Trukikaitis_Postimees, lk 29
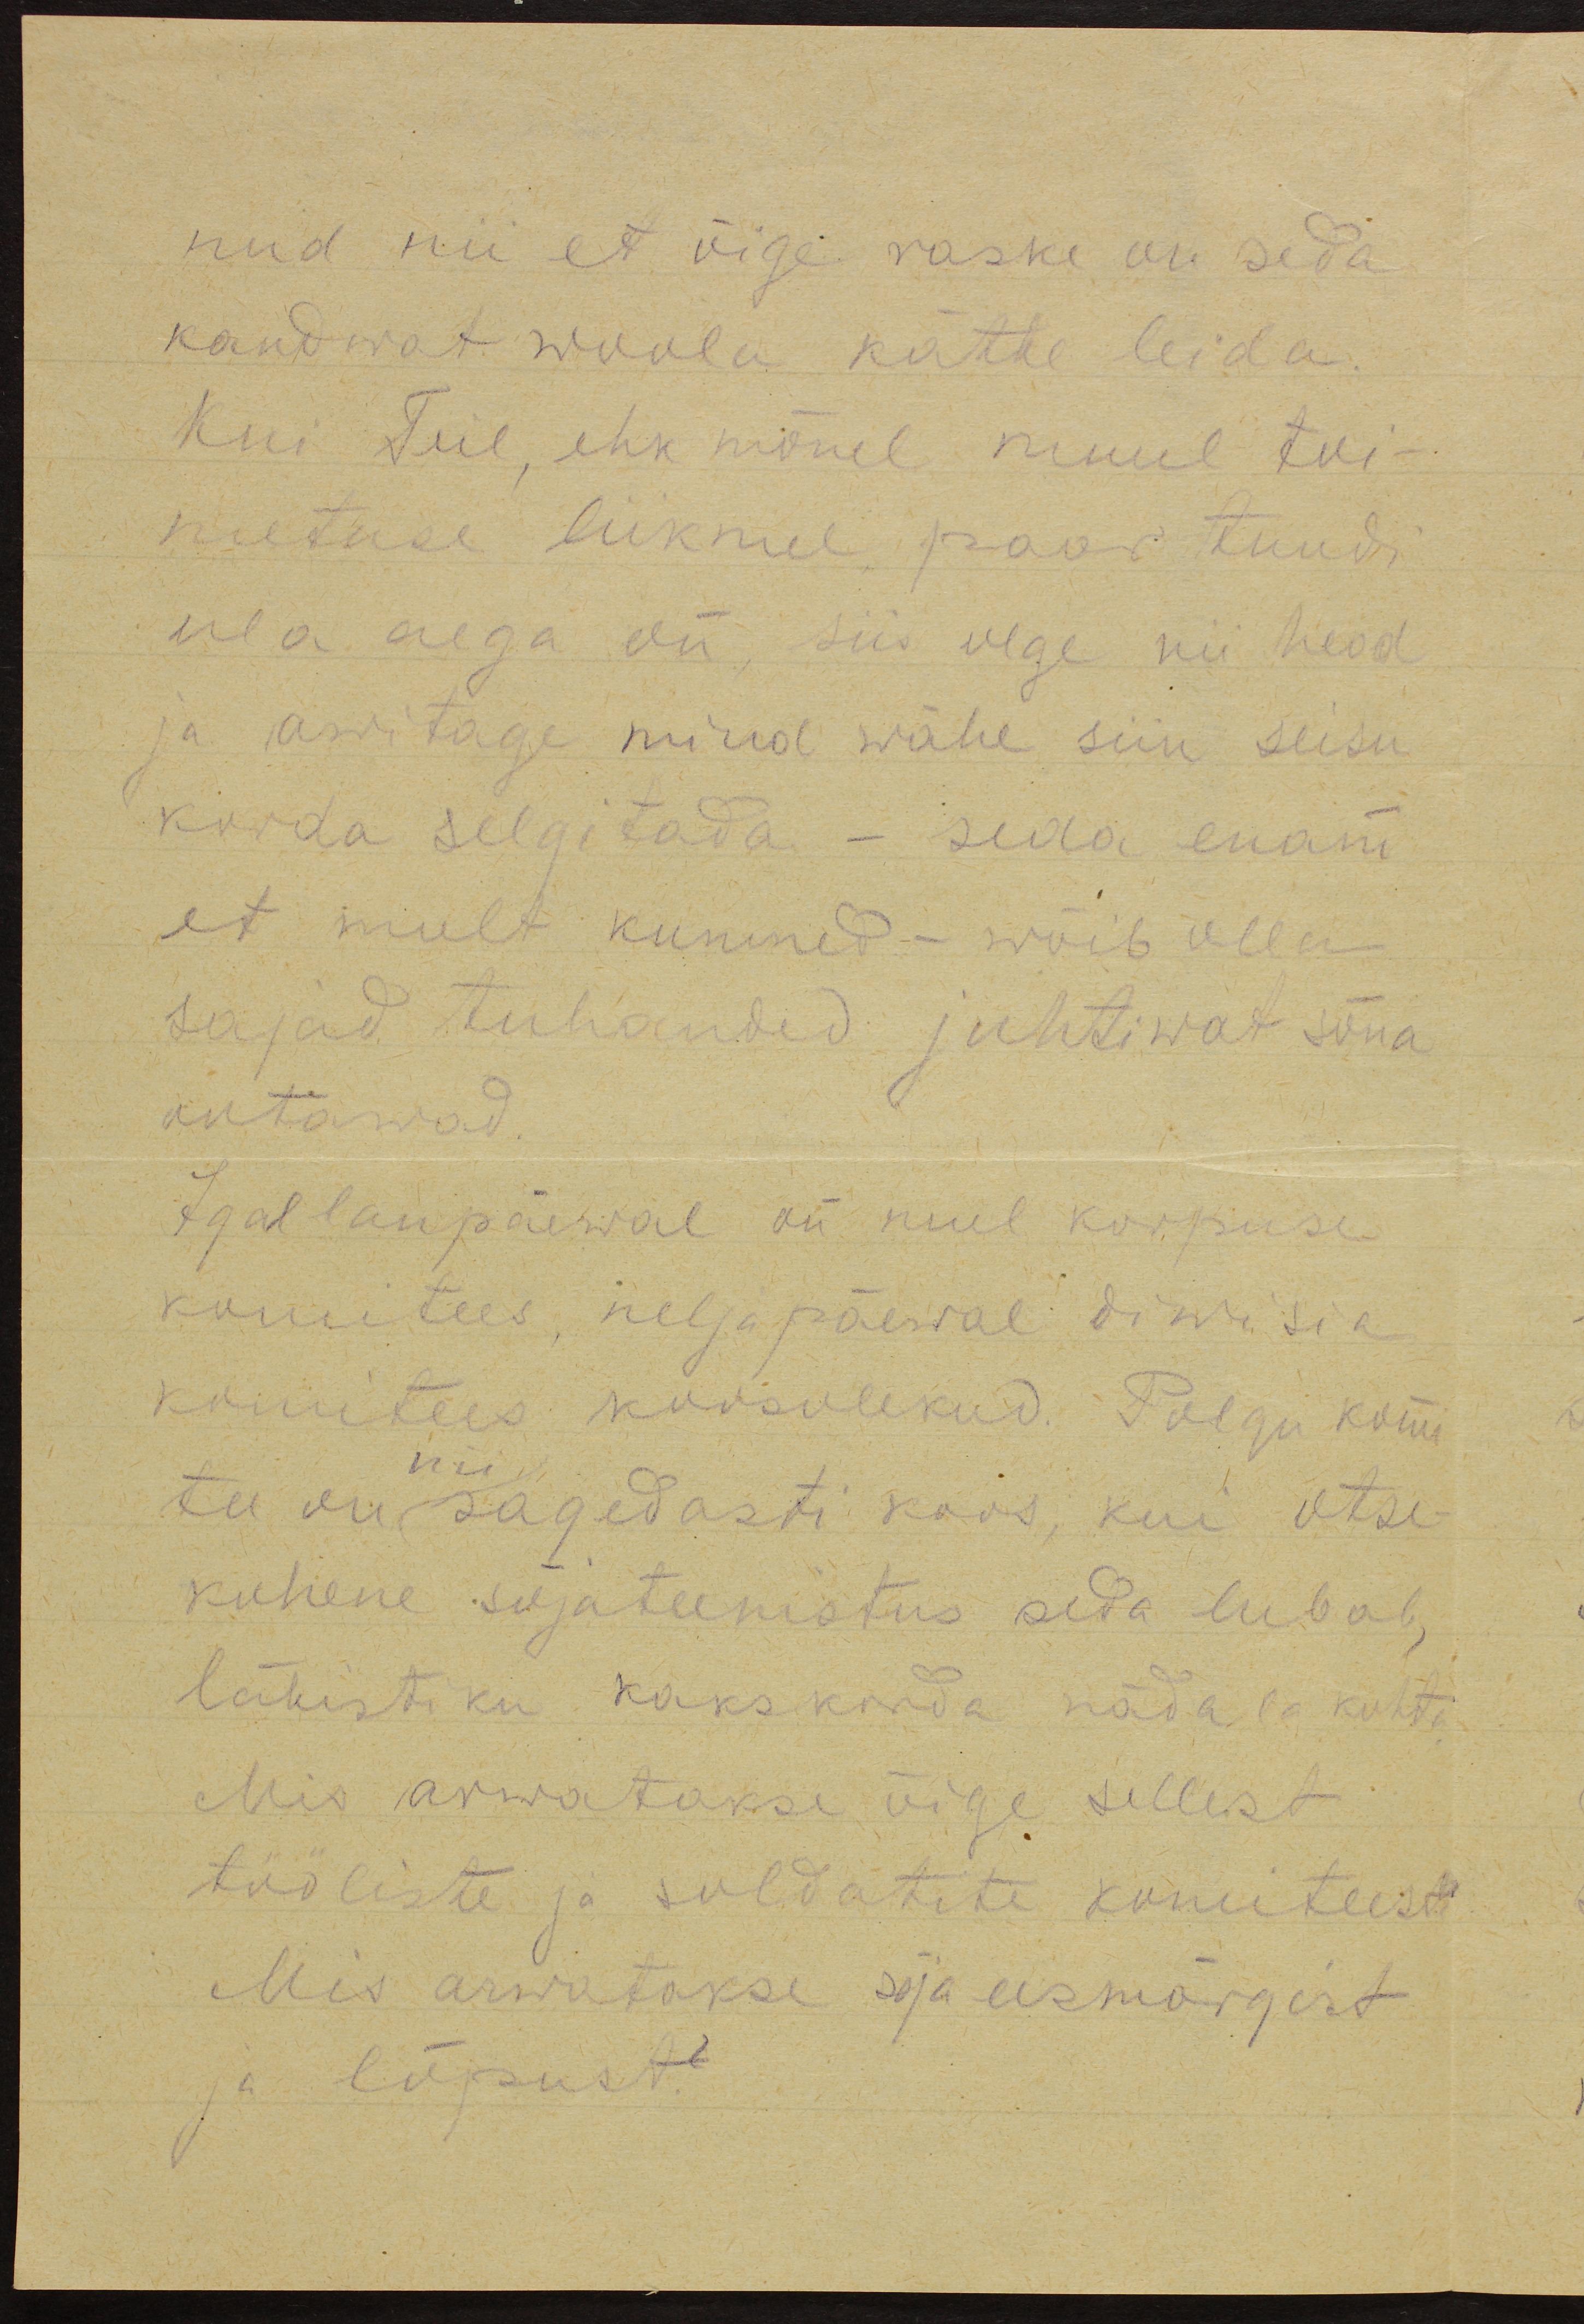
nud nii et õige raske on seda
kandwat woolu kätte leida.
Kui Teil, ehk mõnel muul toi-
metuse liikmel paar tundi
ula aega on, siis olge nii head
ja awitage mind wähe siin seisu
korda selgitada - seda enam
et mult kumned - wõib olla
sajad tuhanded juhtiwat sõna
ootawad.
Igal laupäewal on mul korpuse
komitees, neljapäewal diwisia
komitees koosolekud. Polgu komi
nii
tee on sagedasti koos, kui otse-
kohene sõjateenistus seda lubab,
lähestiku kaks korda nädala kohta
Mis arwatakse õige sellest
tööliste ja soldatite komiteest
Mis arwatakse sõja eesmärgist
ja lõpust?